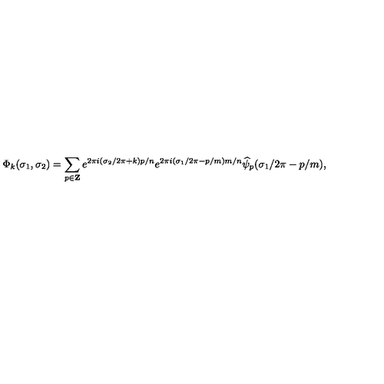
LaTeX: \Phi _ { k } ( \sigma _ { 1 } , \sigma _ { 2 } ) = \sum _ { p \in { \bf Z } } e ^ { 2 \pi i ( \sigma _ { 2 } / 2 \pi + k ) p / n } e ^ { 2 \pi i ( \sigma _ { 1 } / 2 \pi - p / m ) m / n } \widehat { \psi } _ { p } ( \sigma _ { 1 } / 2 \pi - p / m ) ,